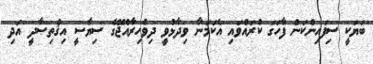
ބަޔަކީ ސިފައިންކަން ފާހަގަ ކުރައްވައި އެކަމަނާ ވިދާޅުވީ ދިވެހިރާއްޖޭގެ ސިޔާސީ އިޤްތިޞާދީ އަދި